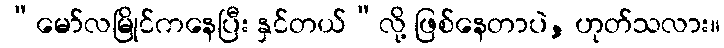
“မော်လမြိုင်ကနေပြီး နှင်တယ်”လို့ ဖြစ်နေတာပဲ, ဟုတ်သလား။